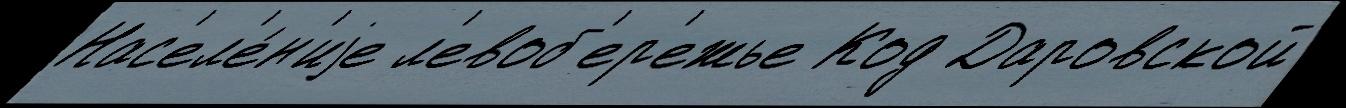
Нас'ел'е́н'иjе л'евоб'ер'ежье Код Даровской